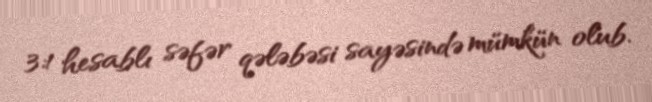
3:1 hesablı səfər qələbəsi sayəsində mümkün olub.